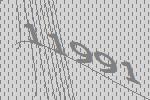
11991